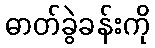
ဓာတ်ခွဲခန်းကို